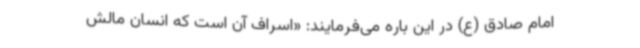
امام صادق (ع) در این باره می‌فرمایند: «اسراف آن است که انسان مالش